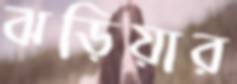
ঝড়িয়ার